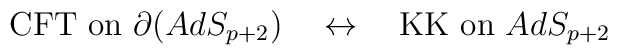
\mbox{CFT on $\partial (AdS_{p+2})$} \quad \leftrightarrow \quad\mbox{KK on $AdS_{p+2}$}